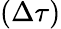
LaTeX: (\Delta\tau)